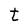
Character: t